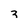
Character: 3